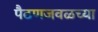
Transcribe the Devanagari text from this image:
पैठणजवळच्या